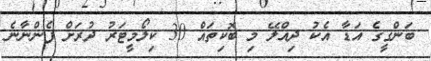
ބަންގީގެ އަޑާ އެކު ދިއްލޭ މި ބޮކިތައް 30 ކިލޯމީޓަރު ދުރަށް ފެންނާނެ